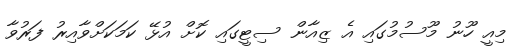
މިއީ ހޫނު މޫސުމުގައި އެ ޒިއާން ސިޓީގައި ކޮށް އުޅޭ ކަމަކަށްވާއިރު ފަރުވާ